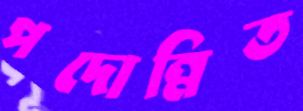
পদোন্নিত